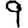
Digit: 9